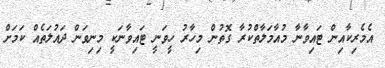
އެމެރިކާއިން ޓައިވާނާ މުއާމަލާތްކުރާ ގޮތުން މިހާރު ހީވަނީ ޓައިވާނަކީ މިނިވަން ދައުލަތެއް ކަމަށް